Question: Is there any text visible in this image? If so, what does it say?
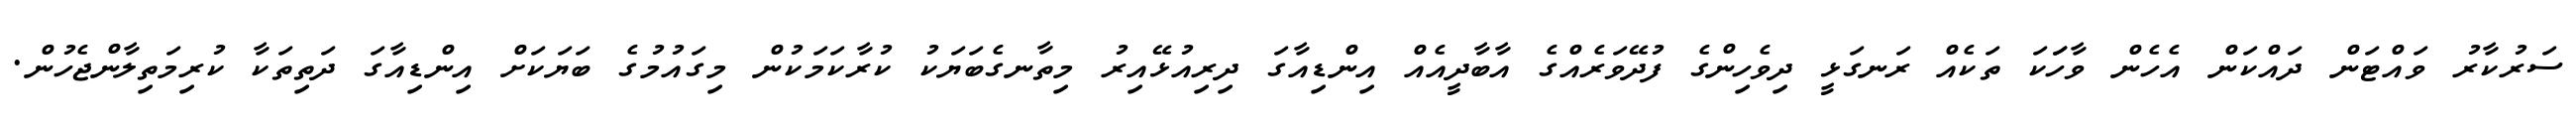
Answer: ސަރުކާރު ވައްޓަން ދައްކަން އެހެން ވާހަަކަ ތަކެއް ރަނގަޅީ ދިވެހިންގެ ފުދޭވަރެއްގެ އާބާދީއެއް އިންޑިއާގަ ދިރިއުޅޭއިރު މިތާނގެބަޔަކު ކުރާކަމަކުން މިގައުމުގެ ބަޔަކަށް އިންޑިއާގަ ދަތިތަކާ ކުރިމަތިލާންޖެހުން.